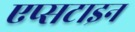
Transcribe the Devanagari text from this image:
एप्सटाइन